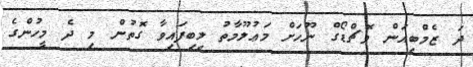
ދަ ޒެމްބިއަން ވޮޗްޑޯގް ނޫހަށް މަޢުލޫމާތު ލިބިފައިވާ ގޮތުން މި ދެ މީހުންގެ